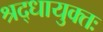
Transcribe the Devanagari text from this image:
श्रद्धायुक्तः